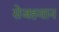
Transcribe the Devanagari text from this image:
सेजहवान